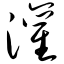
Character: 灌